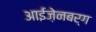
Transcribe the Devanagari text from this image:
आईज़ेनबर्ग